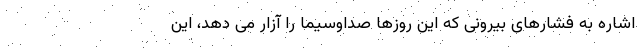
اشاره به فشارهای بیرونی که این روزها صداوسیما را آزار می دهد، این